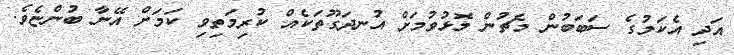
އަދި އެކަމުގެ ސަބަބުން މެޗުން މޮޅުވުމަށް އުނދަގޫތަކެއް ކުރިމަތިވި ކަމަށް އޭނާ ބުންޏެވެ.